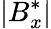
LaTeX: |B_{x}^{*}|